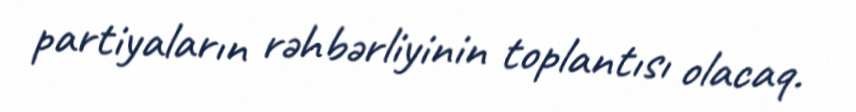
partiyaların rəhbərliyinin toplantısı olacaq.